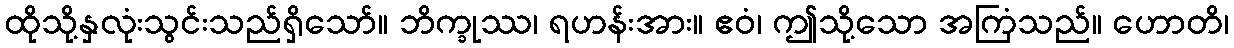
ထိုသို့နှလုံးသွင်းသည်ရှိသော်။ ဘိက္ခုဿ၊ ရဟန်းအား။ ဧဝံ၊ ဤသို့သော အကြံသည်။ ဟောတိ၊